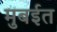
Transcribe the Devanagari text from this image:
मुबईत